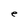
Character: e